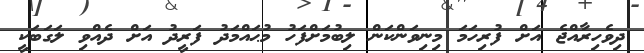
ދިވެހިރާއްޖެ އަށް ފުރިހަމަ މިނިވަންކަން ލިބުމަށްފަހު މުޙައްމަދު ފަރީދު އަށް ދެއްވި ލަގަބަކީ